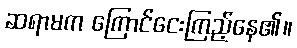
ဆရာမက ကြောင်ငေးကြည့်နေ၏။